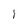
Character: I